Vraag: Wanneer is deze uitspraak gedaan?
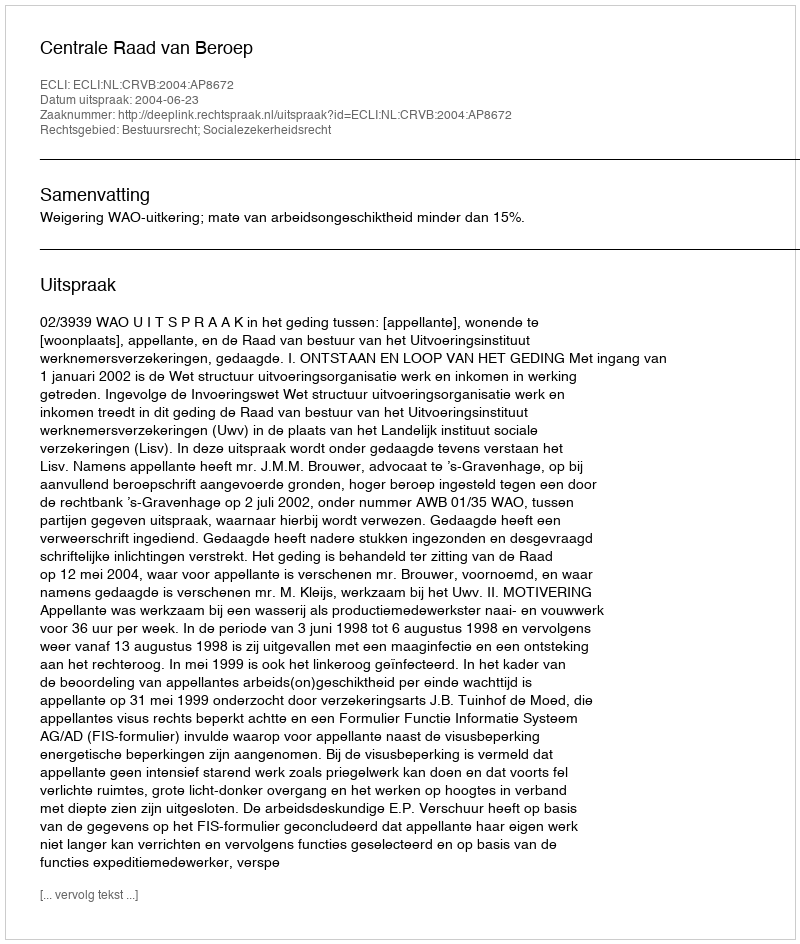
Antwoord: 2004-06-23